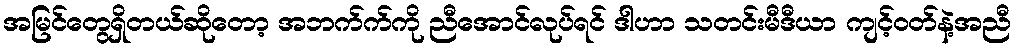
အမြင်တွေရှိတယ်ဆိုတော့ အဘက်က်ကို ညီအောင်လုပ်ရင် ဒါဟာ သတင်းမီဒီယာ ကျင့်ဝတ်နဲ့အညီ